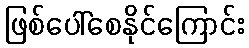
ဖြစ်ပေါ်စေနိုင်ကြောင်း